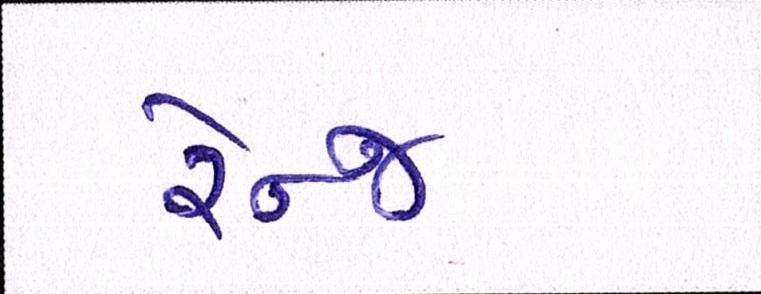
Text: રેન્જ